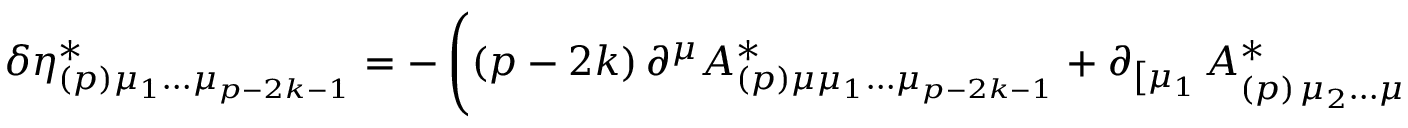
\delta \eta _ { ( p ) \mu _ { 1 } \ldots \mu _ { p - 2 k - 1 } } ^ { * } = - \left( \left( p - 2 k \right) \partial ^ { \mu } A _ { ( p ) \mu \mu _ { 1 } \ldots \mu _ { p - 2 k - 1 } } ^ { * } + \partial _ { \left[ \mu _ { 1 } \right. } A _ { ( p ) \left. \mu _ { 2 } \ldots \mu _ { p - 2 k - 1 } \right] } ^ { * } \right) .